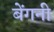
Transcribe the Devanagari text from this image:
बेंगनी